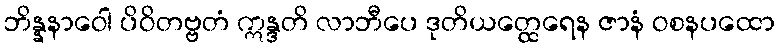
ဘိန္နနာဝေါ ပိဝိတဗ္ဗတံ ဣန္ဒတိ လာဘီပေ ဒုတိယတ္ထေရေန ဇာနံ ဝစနပထော